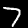
Label: 7